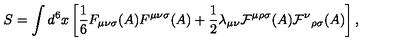
S = \int d ^ { 6 } x \left[ { \frac 1 6 } F _ { { \mu } { \nu } { \sigma } } ( A ) F ^ { { \mu } { \nu } { \sigma } } ( A ) + { \frac 1 2 } { \lambda } _ { { \mu } { \nu } } { \cal F } ^ { { \mu } { \rho } { \sigma } } ( A ) { { \cal F } ^ { \nu } } _ { { \rho } { \sigma } } ( A ) \right] ,